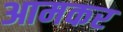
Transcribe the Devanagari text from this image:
आमकर